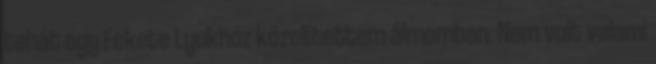
tehát egy Fekete Lyukhoz közelítettem álmomban. Nem volt valami